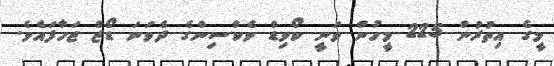
މީގެ އިތުރުން 225 މީހުން ވަނީ ކޯވިޑް ވެކްސިންގެ ދެވަނަ ޑޯޒް ޖަހާފައެވެ.